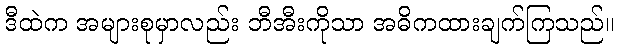
ဒီထဲက အများစုမှာလည်း ဘီအီးကိုသာ အဓိကထားချက်ကြသည်။